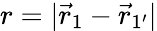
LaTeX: {r=|\vec{r}_{1}-\vec{r}_{1^{\prime}}|}